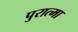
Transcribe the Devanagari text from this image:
पुरात्मा